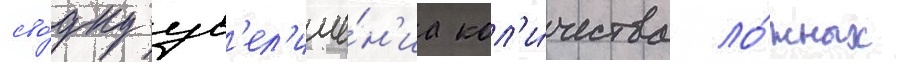
сво́дку ув'ел'иче́н'иа кол'и́чества ло́жных